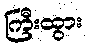
ကြီးထွား